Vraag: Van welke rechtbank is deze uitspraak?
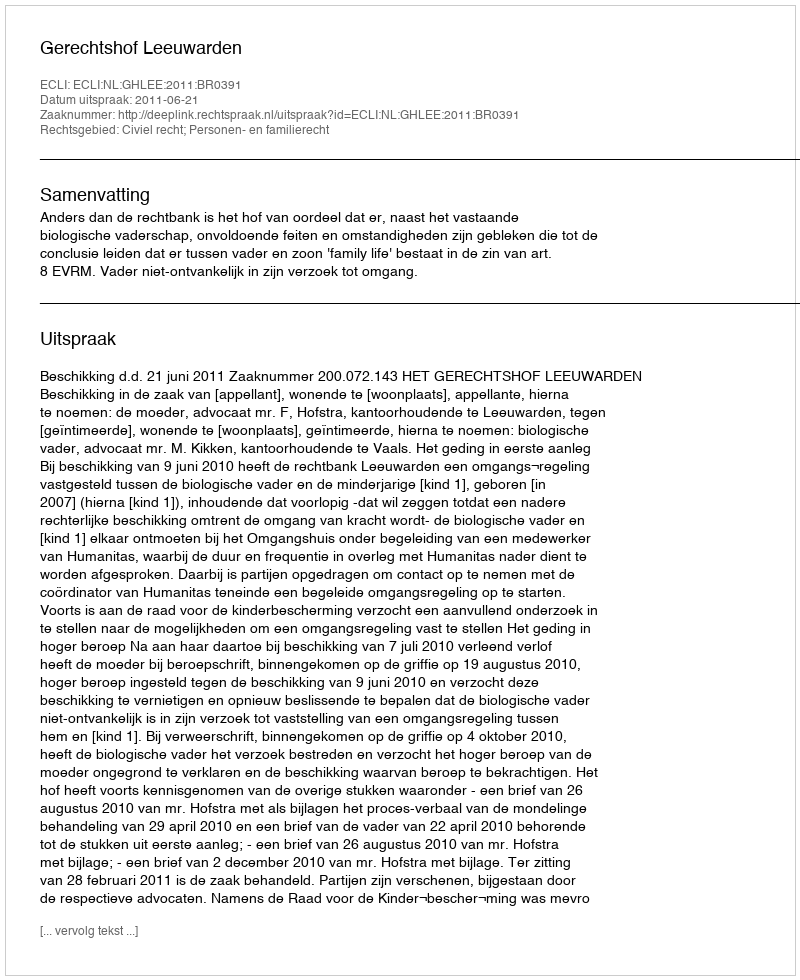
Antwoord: Gerechtshof Leeuwarden